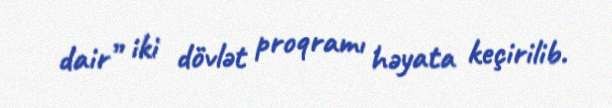
dair” iki dövlət proqramı həyata keçirilib.